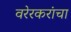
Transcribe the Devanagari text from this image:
वरेरकरांचा